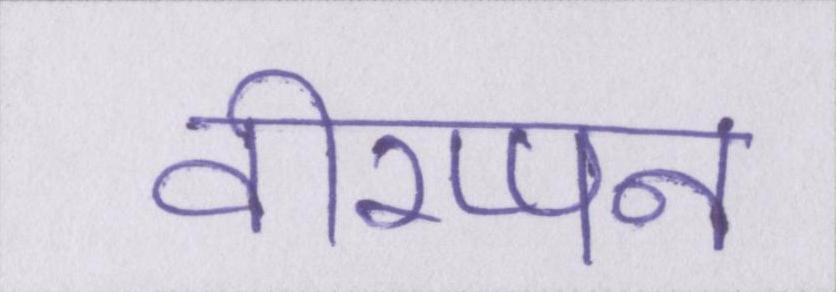
वीरप्पन